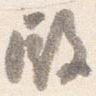
殿